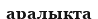
аралыкта